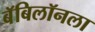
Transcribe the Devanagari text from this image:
बॅबिलॉनला